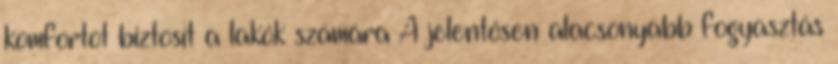
komfortot biztosít a lakók számára A jelentősen alacsonyabb fogyasztás